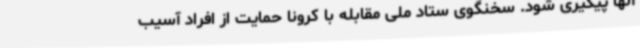
آنها پیگیری شود. سخنگوی ستاد ملی مقابله با کرونا حمایت از افراد آسیب